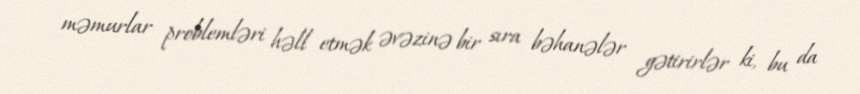
məmurlar problemləri həll etmək əvəzinə bir sıra bəhanələr gətirirlər ki, bu da